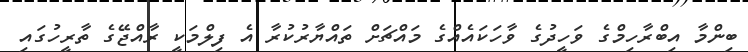
ބިންމާ އިބްރާހިމްގެ ވަހީދުގެ ވާހަކައެއްގެ މައްޗަށް ތައްޔާރުކުރާ އެ ފިލްމަކީ ރާއްޖޭގެ ތާރީހުގައި